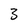
Character: 3